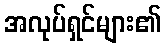
အလုပ်ရှင်များ၏